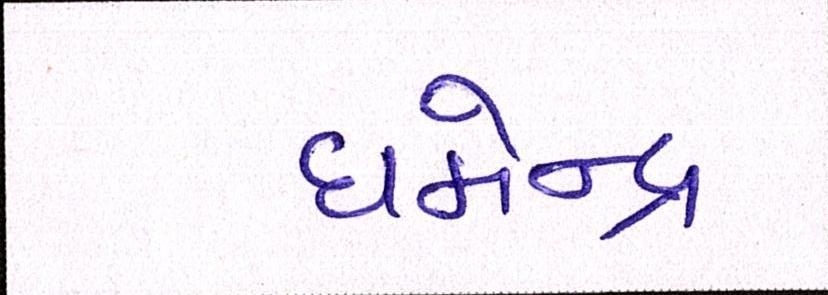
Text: ધર્મેન્દ્ર